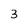
Character: 3